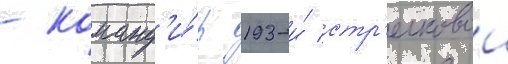
- команд'и́р 193-и́ стр'елковои